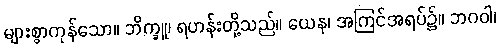
များစွာကုန်သော။ ဘိက္ခူ၊ ရဟန်းတို့သည်။ ယေန၊ အကြင်အရပ်၌။ ဘဂဝါ၊